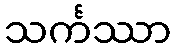
သင်္ကဿာ